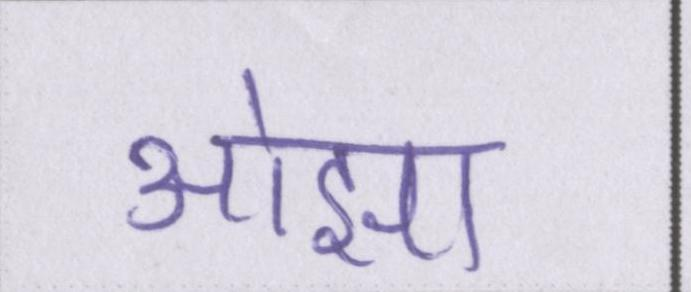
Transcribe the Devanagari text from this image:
ओझा